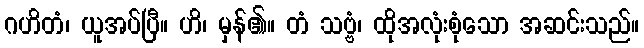
ဂဟိတံ၊ ယူအပ်ပြီ။ ဟိ၊ မှန်၏။ တံ သဗ္ဗံ၊ ထိုအလုံးစုံသော အဆင်းသည်။